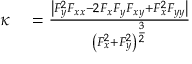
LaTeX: \begin{array} { r l } { \kappa } & { { } = { \frac { \left| F _ { y } ^ { 2 } F _ { x x } - 2 F _ { x } F _ { y } F _ { x y } + F _ { x } ^ { 2 } F _ { y y } \right| } { \left( F _ { x } ^ { 2 } + F _ { y } ^ { 2 } \right) ^ { \frac { 3 } { 2 } } } } } \end{array}